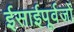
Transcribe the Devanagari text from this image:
ईसाईपूर्वजों